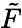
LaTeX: \tilde{F}